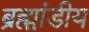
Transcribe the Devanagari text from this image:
ब्रह्म़ा़ंडीय